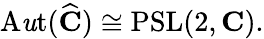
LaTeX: \operatorname{A\mathit{u}t}({\widehat{{\mathbf{{C}}}}})\cong\operatorname{PSL}(2,\mathbf{{C}}).